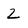
Character: 2